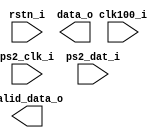
module ps2_ctrl(
    input clk100_i,
    input rstn_i,
    input ps2_clk_i,
    input ps2_dat_i,

    output reg valid_data_o,
    output [7:0] data_o
);

endmodule